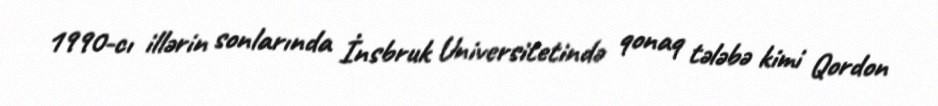
1990-cı illərin sonlarında İnsbruk Universitetində qonaq tələbə kimi Qordon